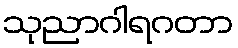
သုညာဂါရဂတာ